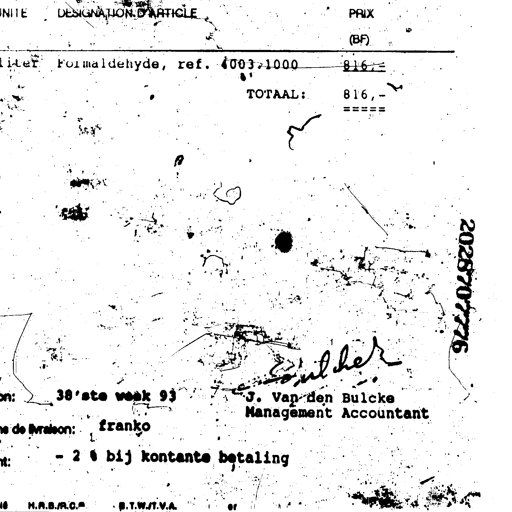
UNITE DESIGNATION D'ARTICLE PRIX (BF)
liter Formaldehyde, ref. 4003.1000 816,- ✓
TOTAAL: 816,- ✓
=====
2028707776
Bulcke
38'ste week 93 J. Van den Bulcke
Management Accountant
de livraison: franko
- 2 % bij kontante betaling
H.R.B./R.C. B.T.W./T.V.A.